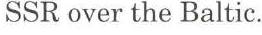
SSR over the Baltic.